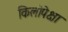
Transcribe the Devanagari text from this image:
किलोपेक्षा